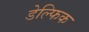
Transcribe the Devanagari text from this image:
डेल्फिक